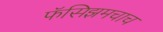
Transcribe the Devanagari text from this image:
फॅसिझमचाच